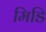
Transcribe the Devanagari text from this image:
मिडि